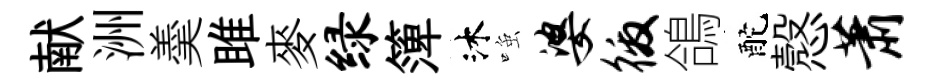
献洲羮雎麥绿𥱼沐𫪻婆徼鴿酡慤萧